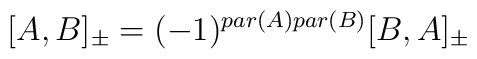
[ A , B ]_{\pm} = (-1)^{par(A) par(B)} [ B , A ]_{\pm}